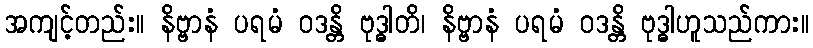
အကျင့်တည်း။ နိဗ္ဗာနံ ပရမံ ဝဒန္တိ ဗုဒ္ဓါတိ၊ နိဗ္ဗာနံ ပရမံ ဝဒန္တိ ဗုဒ္ဓါဟူသည်ကား။